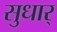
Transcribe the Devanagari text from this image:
सुधार्